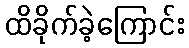
ထိခိုက်ခဲ့ကြောင်း